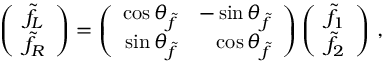
\left( \begin{array} { c } { { \tilde { f } _ { L } } } \\ { { \tilde { f } _ { R } } } \end{array} \right) = \left( \begin{array} { r r } { { \cos \theta _ { \tilde { f } } } } & { { - \sin \theta _ { \tilde { f } } } } \\ { { \sin \theta _ { \tilde { f } } } } & { { \cos \theta _ { \tilde { f } } } } \end{array} \right) \left( \begin{array} { c } { { \tilde { f } _ { 1 } } } \\ { { \tilde { f } _ { 2 } } } \end{array} \right) \, ,